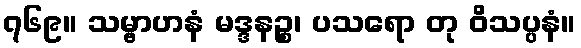
၇၆၉။ သမ္ဗာဟနံ မဒ္ဒနဉ္စ၊ ပသရော တု ဝိသပ္ပနံ။